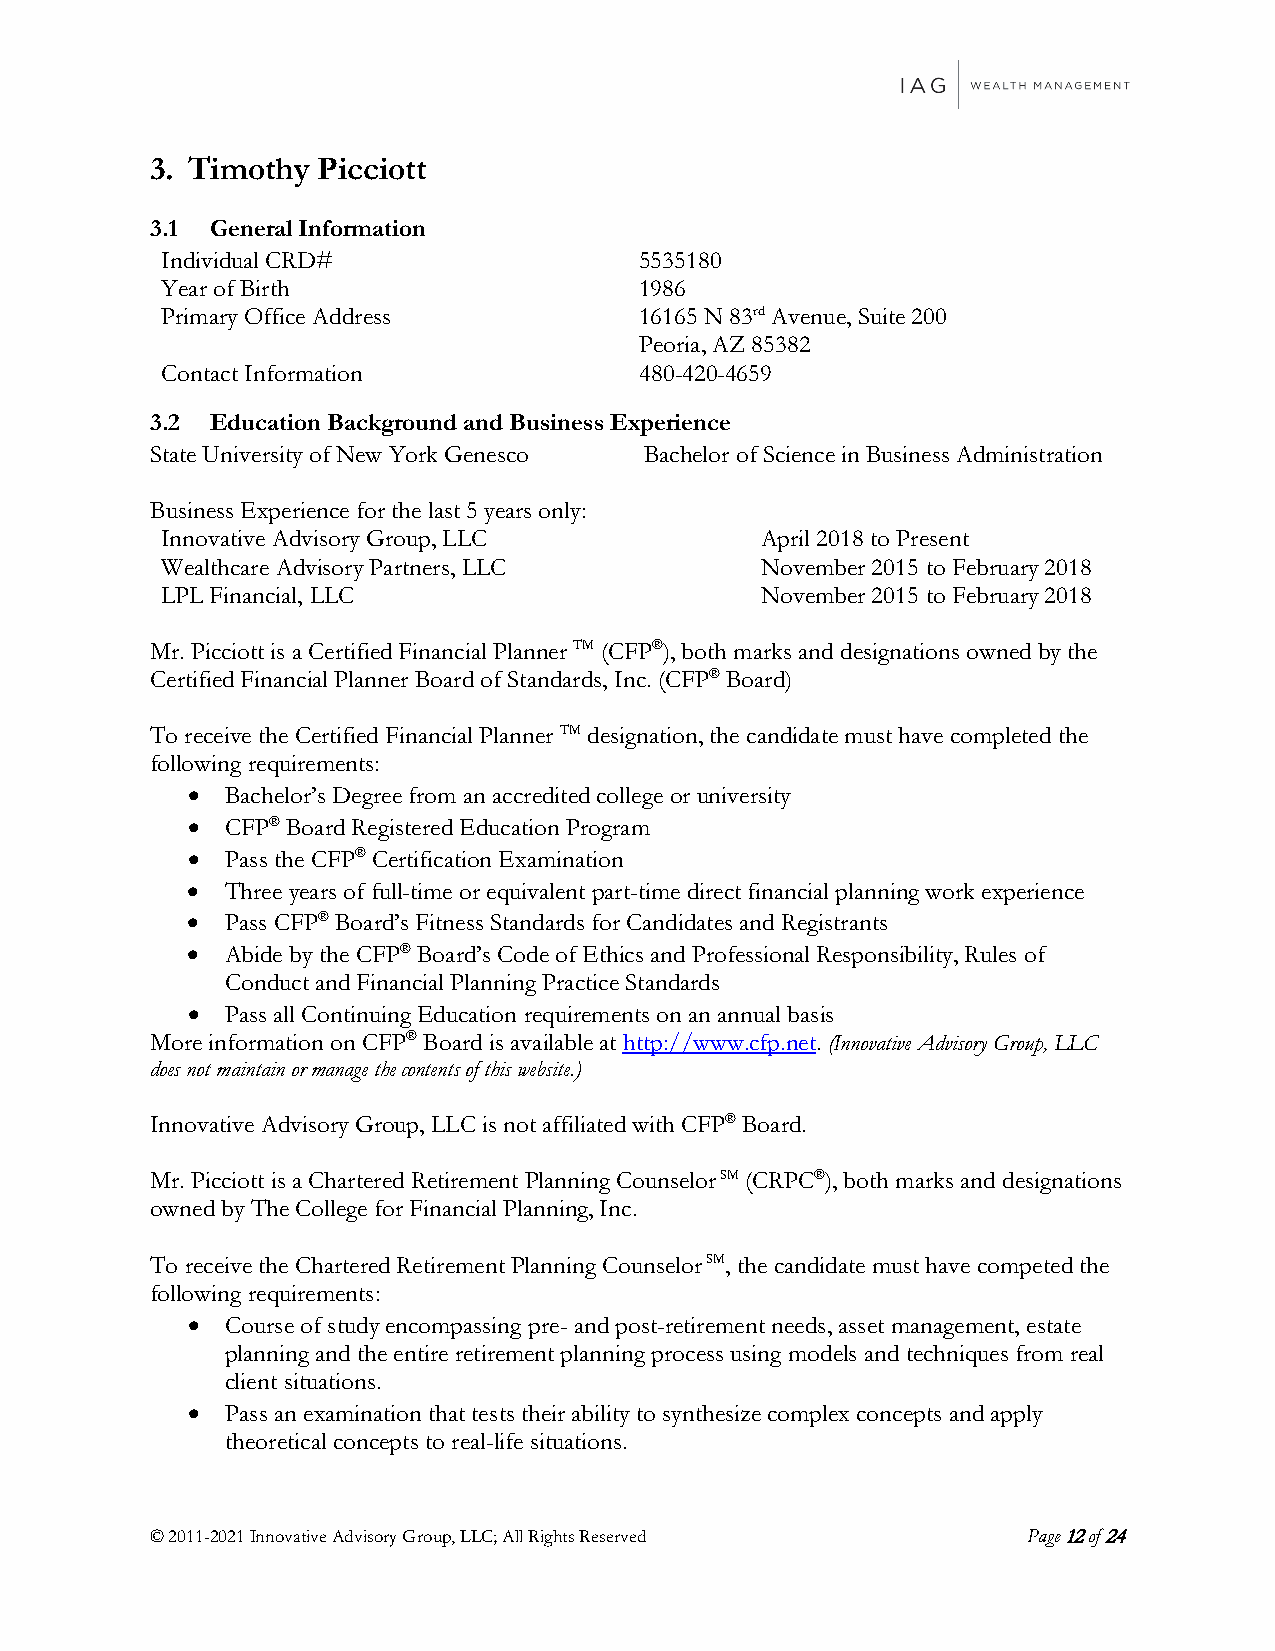
3. Timothy Picciott
 3.1 General Information
 Individual CRD#                5535180
 Year of Birth                  1986
 Primary Office Address         16165 N 83rd Avenue, Suite 200
 Peoria, AZ 85382
 Contact Information            480-420-4659
 3.2 Education Background and Business Experience
 State University of New York Genesco Bachelor of Science in Business Administration
 Business Experience for the last 5 years only:
 Innovative Advisory Group, LLC         April 2018 to Present
 Wealthcare Advisory Partners, LLC      November 2015 to February 2018
 LPL Financial, LLC                     November 2015 to February 2018
 Mr. Picciott is a Certified Financial Planner TM (CFP®), both marks and designations owned by the
 Certified Financial Planner Board of Standards, Inc. (CFP® Board)
 To receive the Certified Financial Planner TM designation, the candidate must have completed the
 following requirements:
 •  Bachelor’s Degree from an accredited college or university
 •  CFP® Board Registered Education Program
 •  Pass the CFP® Certification Examination
 •  Three years of full-time or equivalent part-time direct financial planning work experience
 •  Pass CFP® Board’s Fitness Standards for Candidates and Registrants
 •  Abide by the CFP® Board’s Code of Ethics and Professional Responsibility, Rules of
 Conduct and Financial Planning Practice Standards
 •  Pass all Continuing Education requirements on an annual basis
 More information on CFP® Board is available at http://www.cfp.net. (Innovative Advisory Group, LLC
 does not maintain or manage the contents of this website.)
 Innovative Advisory Group, LLC is not affiliated with CFP® Board.
 Mr. Picciott is a Chartered Retirement Planning Counselor SM (CRPC®), both marks and designations
 owned by The College for Financial Planning, Inc.
 To receive the Chartered Retirement Planning Counselor SM, the candidate must have competed the
 following requirements:
 •  Course of study encompassing pre- and post-retirement needs, asset management, estate
 planning and the entire retirement planning process using models and techniques from real
 client situations.
 •  Pass an examination that tests their ability to synthesize complex concepts and apply
 theoretical concepts to real-life situations.
 © 2011-2021 Innovative Advisory Group, LLC; All Rights Reserved Page 12 of 24